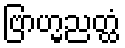
ဗြာဟ္မညတ္ထံ